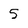
Character: 5